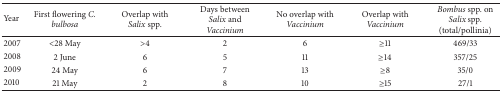
<table><thead><tr><td><b>Year</b></td><td><b>First flowering <i>C. bulbosa </i></b></td><td><b>Overlap with <i>Salix </i>spp.</b></td><td><b>Days between <i>Salix</i> and <i>Vaccinium </i></b></td><td><b>No overlap with<i> Vaccinium </i></b></td><td><b>Overlap with<i> Vaccinium </i></b></td><td><b><i>Bombus</i> spp. on <i>Salix</i> spp. (total/pollinia)</b></td></tr></thead><tbody><tr><td>2007</td><td>&lt;28 May</td><td>&gt;4</td><td>2</td><td>6</td><td>≥11</td><td>469/33</td></tr><tr><td>2008</td><td>2 June</td><td>6</td><td>5</td><td>11</td><td>≥14</td><td>357/25</td></tr><tr><td>2009</td><td>24 May</td><td>6</td><td>7</td><td>13</td><td>≥8</td><td>35/0</td></tr><tr><td>2010</td><td>21 May</td><td>2</td><td>8</td><td>10</td><td>≥15</td><td>27/1</td></tr></tbody></table>